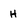
Character: H